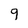
Character: 9